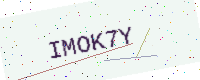
Text: IMOK7Y